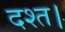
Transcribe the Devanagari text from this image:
दश्त।